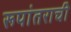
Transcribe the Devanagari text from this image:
रूपांतराची